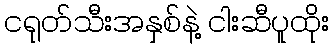
ငရုတ်သီးအနှစ်နဲ့ ငါးဆီပူထိုး